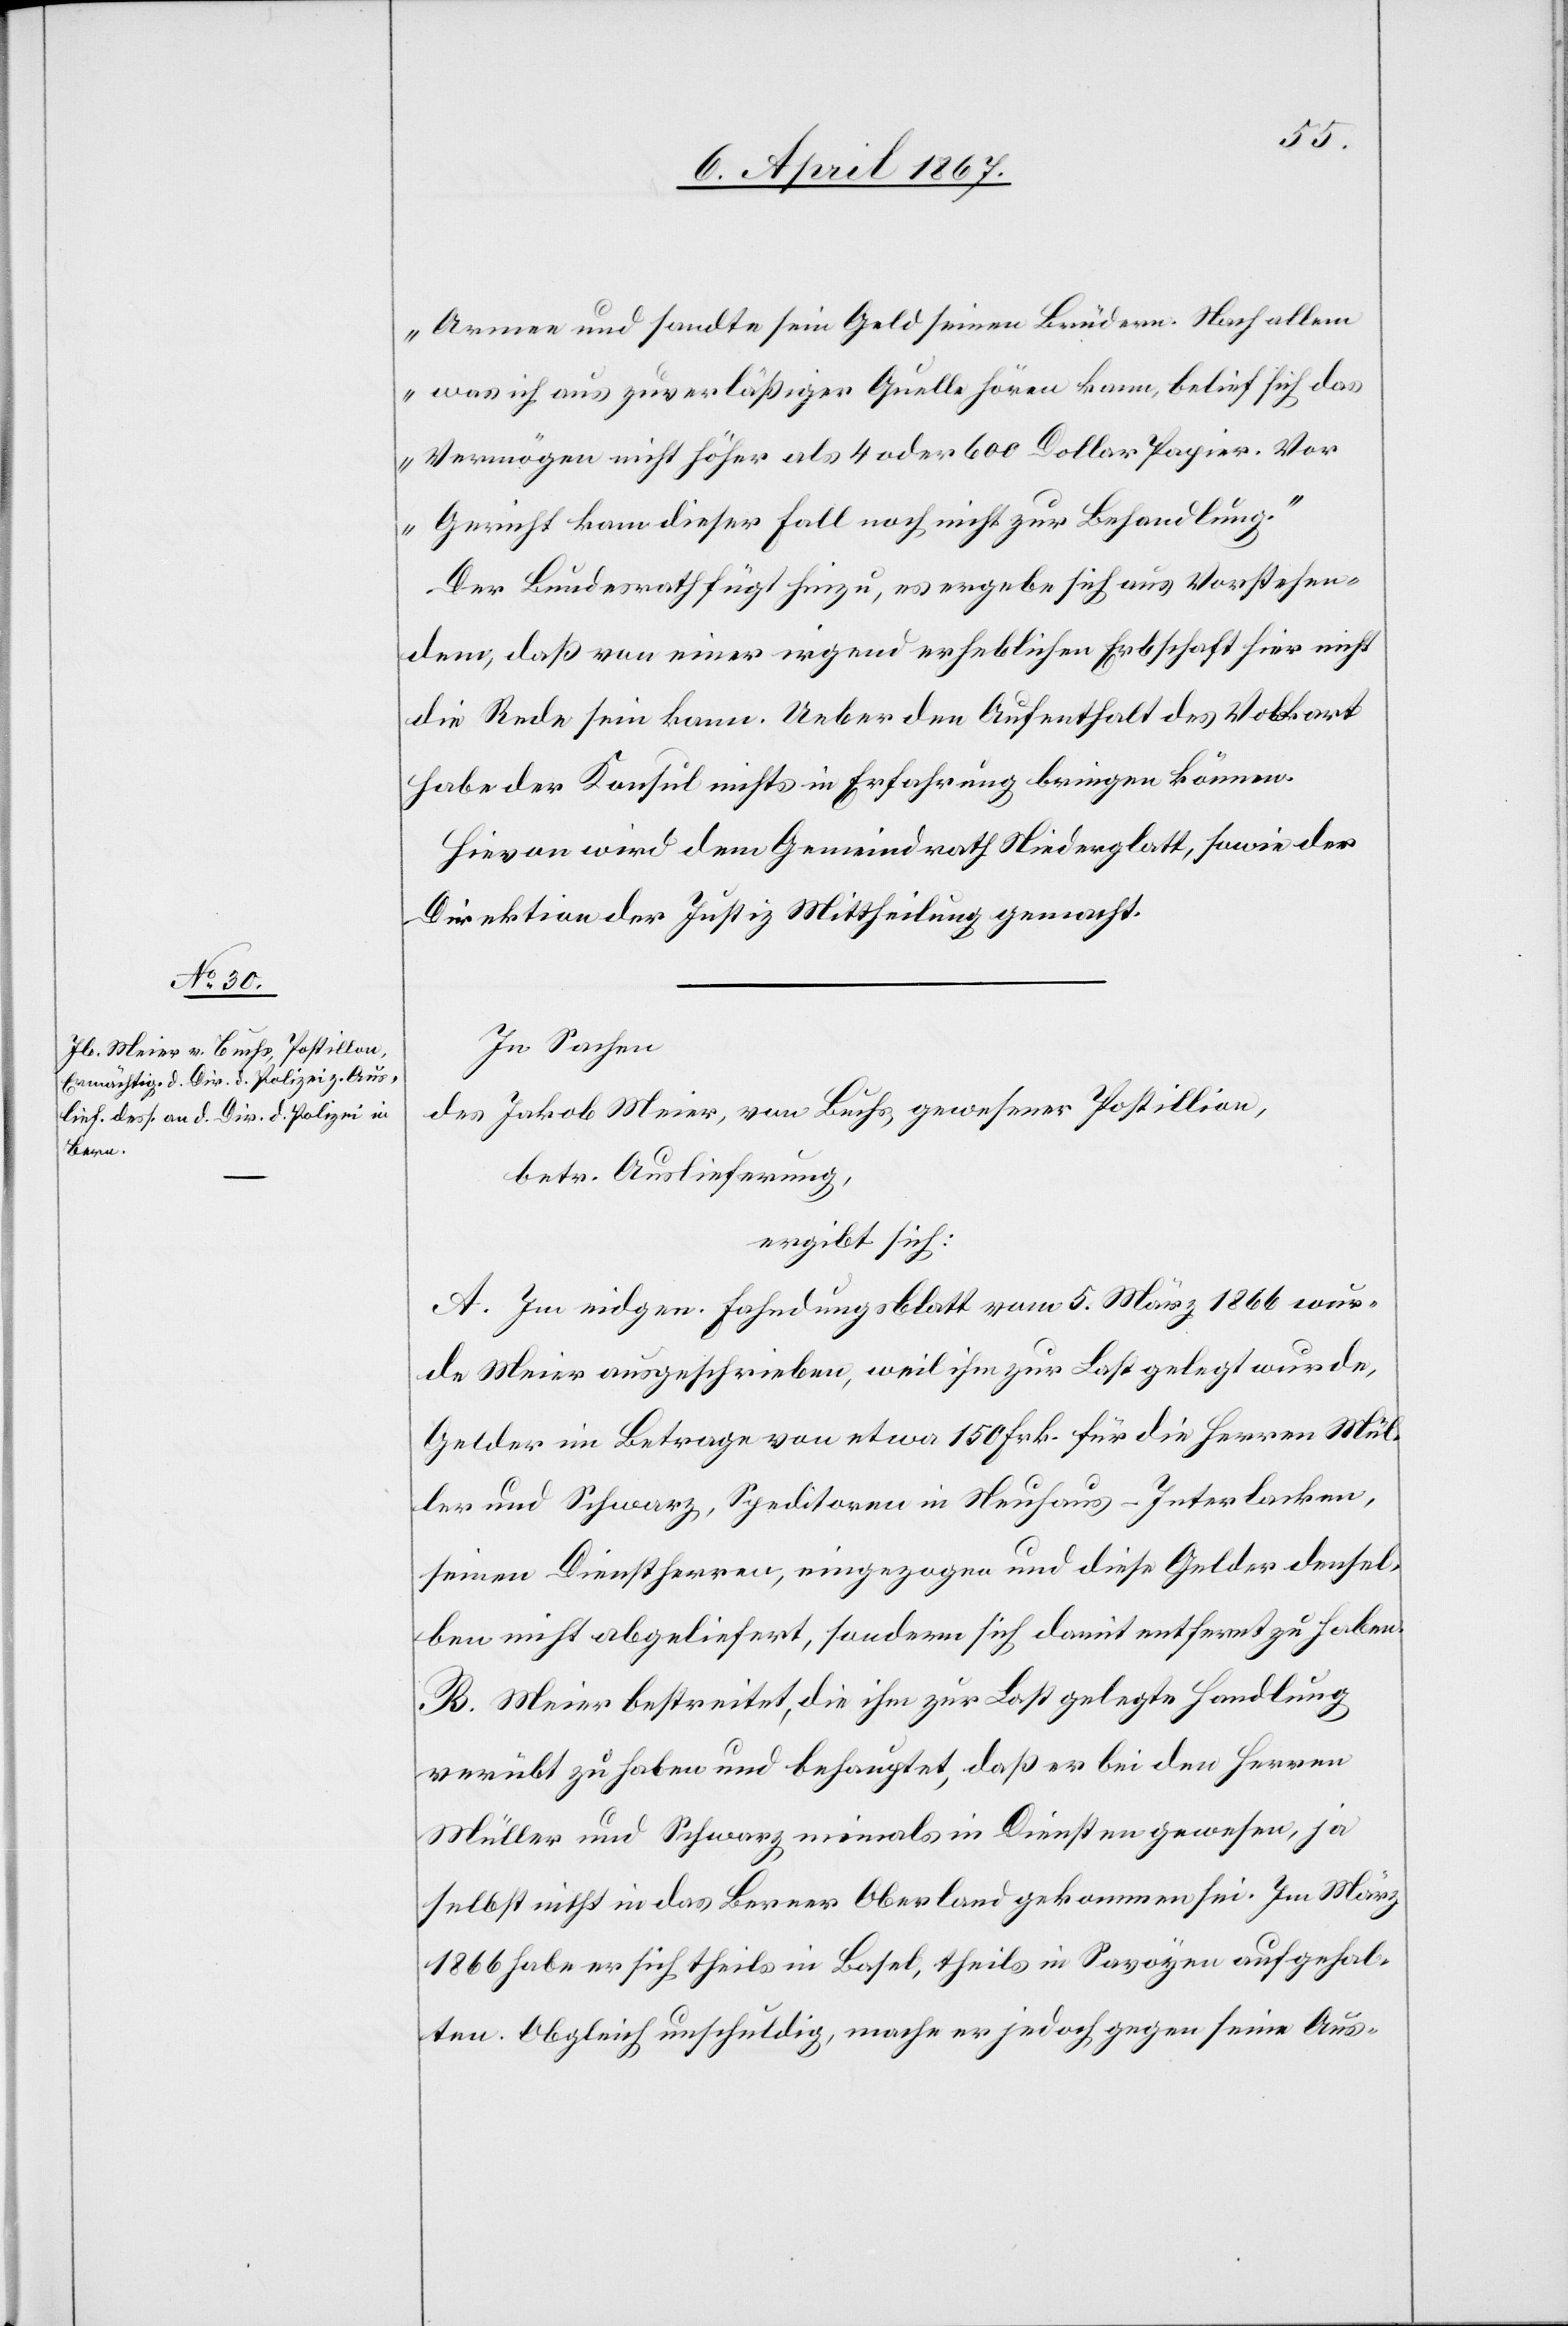
8. April 1867.]
Armee und sandte sein Geld seinen Brüdern. Nach allem
was ich aus zuverläßiger Quelle hören kann, belief sich das
Vermögen nicht höher als 4 oder 600 Dollar Papier. Vor
Gericht kam dieser Fall noch nicht zur Behandlung.“
Der Bundesrath fügt hinzu, es ergebe sich aus Vorstehen¬
dem, daß von einer irgend erheblichen Erbschaft hier nicht
die Rede sein kann. Ueber den Aufenthalt des Volkart
habe der Konsul nichts in Erfahrung bringen können.
Hievon wird dem Gemeinderath Niederglatt, sowie der
Direktion der Justiz Mittheilung gemacht.
In Sachen
des Jakob Meier, von Buchs, gewesener Postillion,
betr. Auslieferung,
ergibt sich:
A. Im eidgen. Fahndungsblatt vom 5. März 1866 wur¬
de Meier ausgeschrieben, weil ihm zur Last gelegt wurde,
Gelder im Betrage von etwa 150 Frk. für die Herren Mül¬
ler und Schwarz, Speditoren in Neuhaus-Interlacken,
seinen Dienstherren, eingezogen und diese Gelder densel¬
ben nicht abgeliefert, sondern sich damit entfernt zu haben.
B. Meier bestreitet, die ihm zur Last gelegte Handlung
verübt zu haben und behauptet, daß er bei den Herren
Müller und Schwarz, niemals in Diensten gewesen, ja
selbst nicht in das Berner Oberland gekommen sei. Im März
1866 habe er sich theils in Basel, theils in Savoyen aufgehal¬
ten. Obgleich unschuldig, mache er jedoch gegen seine Aus-